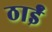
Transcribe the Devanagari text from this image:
ठाईं